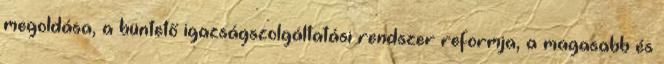
megoldása, a büntető igazságszolgáltatási rendszer reformja, a magasabb és